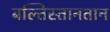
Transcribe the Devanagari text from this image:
बल्तिस्तानतान